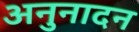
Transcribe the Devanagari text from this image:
अनुनादन